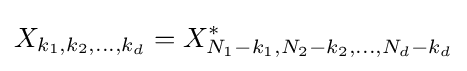
X_{k_{1},k_{2},\dots ,k_{d}}=X_{N_{1}-k_{1},N_{2}-k_{2},\dots ,N_{d}-k_{d}}^{*}